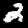
Digit: 2